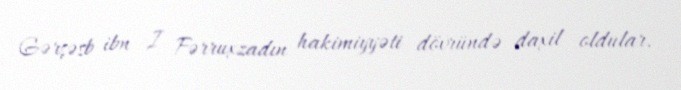
Gərşəsb ibn I Fərruxzadın hakimiyyəti dövründə daxil oldular.